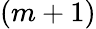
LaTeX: (m+1)